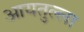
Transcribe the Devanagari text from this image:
आयतुल्ला